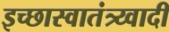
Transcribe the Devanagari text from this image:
इच्छास्वातंत्र्य्वादी